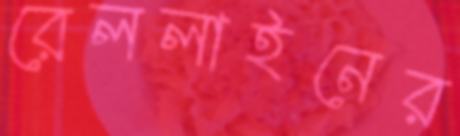
রেললাইনের